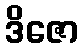
ဒိဇော